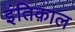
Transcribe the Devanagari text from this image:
इंतिक़ाल